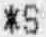
*S